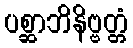
ပစ္ဆာဘိနိဗ္ဗတ္တံ